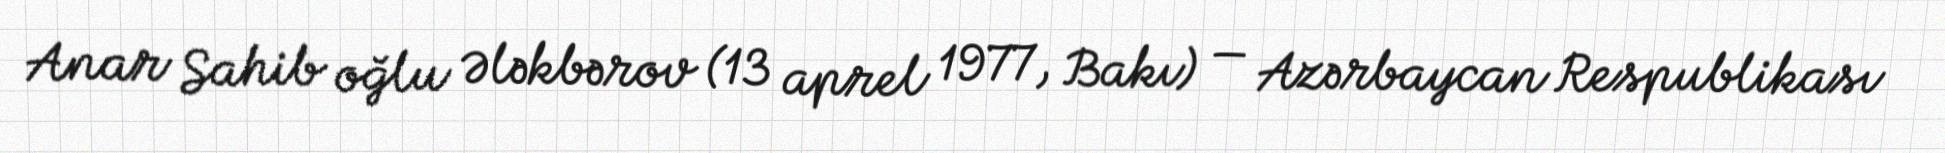
Anar Sahib oğlu Ələkbərov (13 aprel 1977, Bakı) — Azərbaycan Respublikası